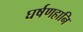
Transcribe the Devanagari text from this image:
घर्षणहानि